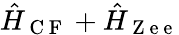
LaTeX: \hat{H}_{\mathrm{~C~F~}}+\hat{H}_{\mathrm{~Z~e~e~}}